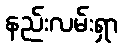
နည်းလမ်းရှာ